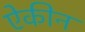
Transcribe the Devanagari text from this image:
ऐकीन